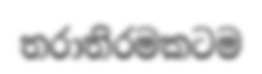
තරාතිරමකටම